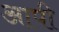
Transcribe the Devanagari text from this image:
आपी